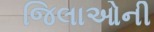
જિલાઓની